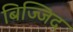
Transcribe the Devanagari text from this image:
बिज्जिद